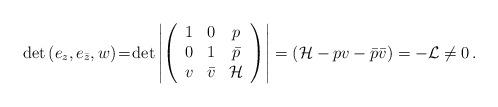
LaTeX: \begin{align*}\det{(e_z,e_{\bar{z}},w)}\! = \!\det\left|\left(\begin{array}{ccc}1&0&p \\ 0&1&\bar{p}\\ v&\bar{v}&{\cal H}\end{array}\right)\right|=\left({\cal H}-pv-\bar{p}\bar{v}\right)=-{\cal L}\neq 0\,.\end{align*}